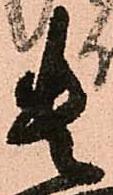
貴